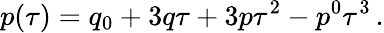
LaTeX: p(\tau)=q_{0}+3q\tau+3p\tau^{2}-p^{0}\tau^{3}\, .